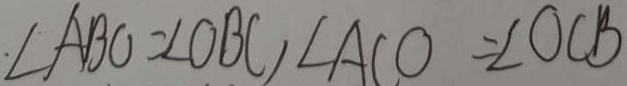
\angle A B O = \angle O B C , \angle A C O = \angle O C B